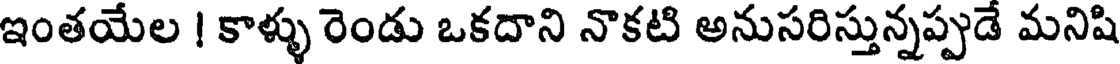
ఇంతయేల ! కాళ్ళు రెండు ఒకదాని నొకటి అనుసరిస్తున్నప్పుడే మనిషి